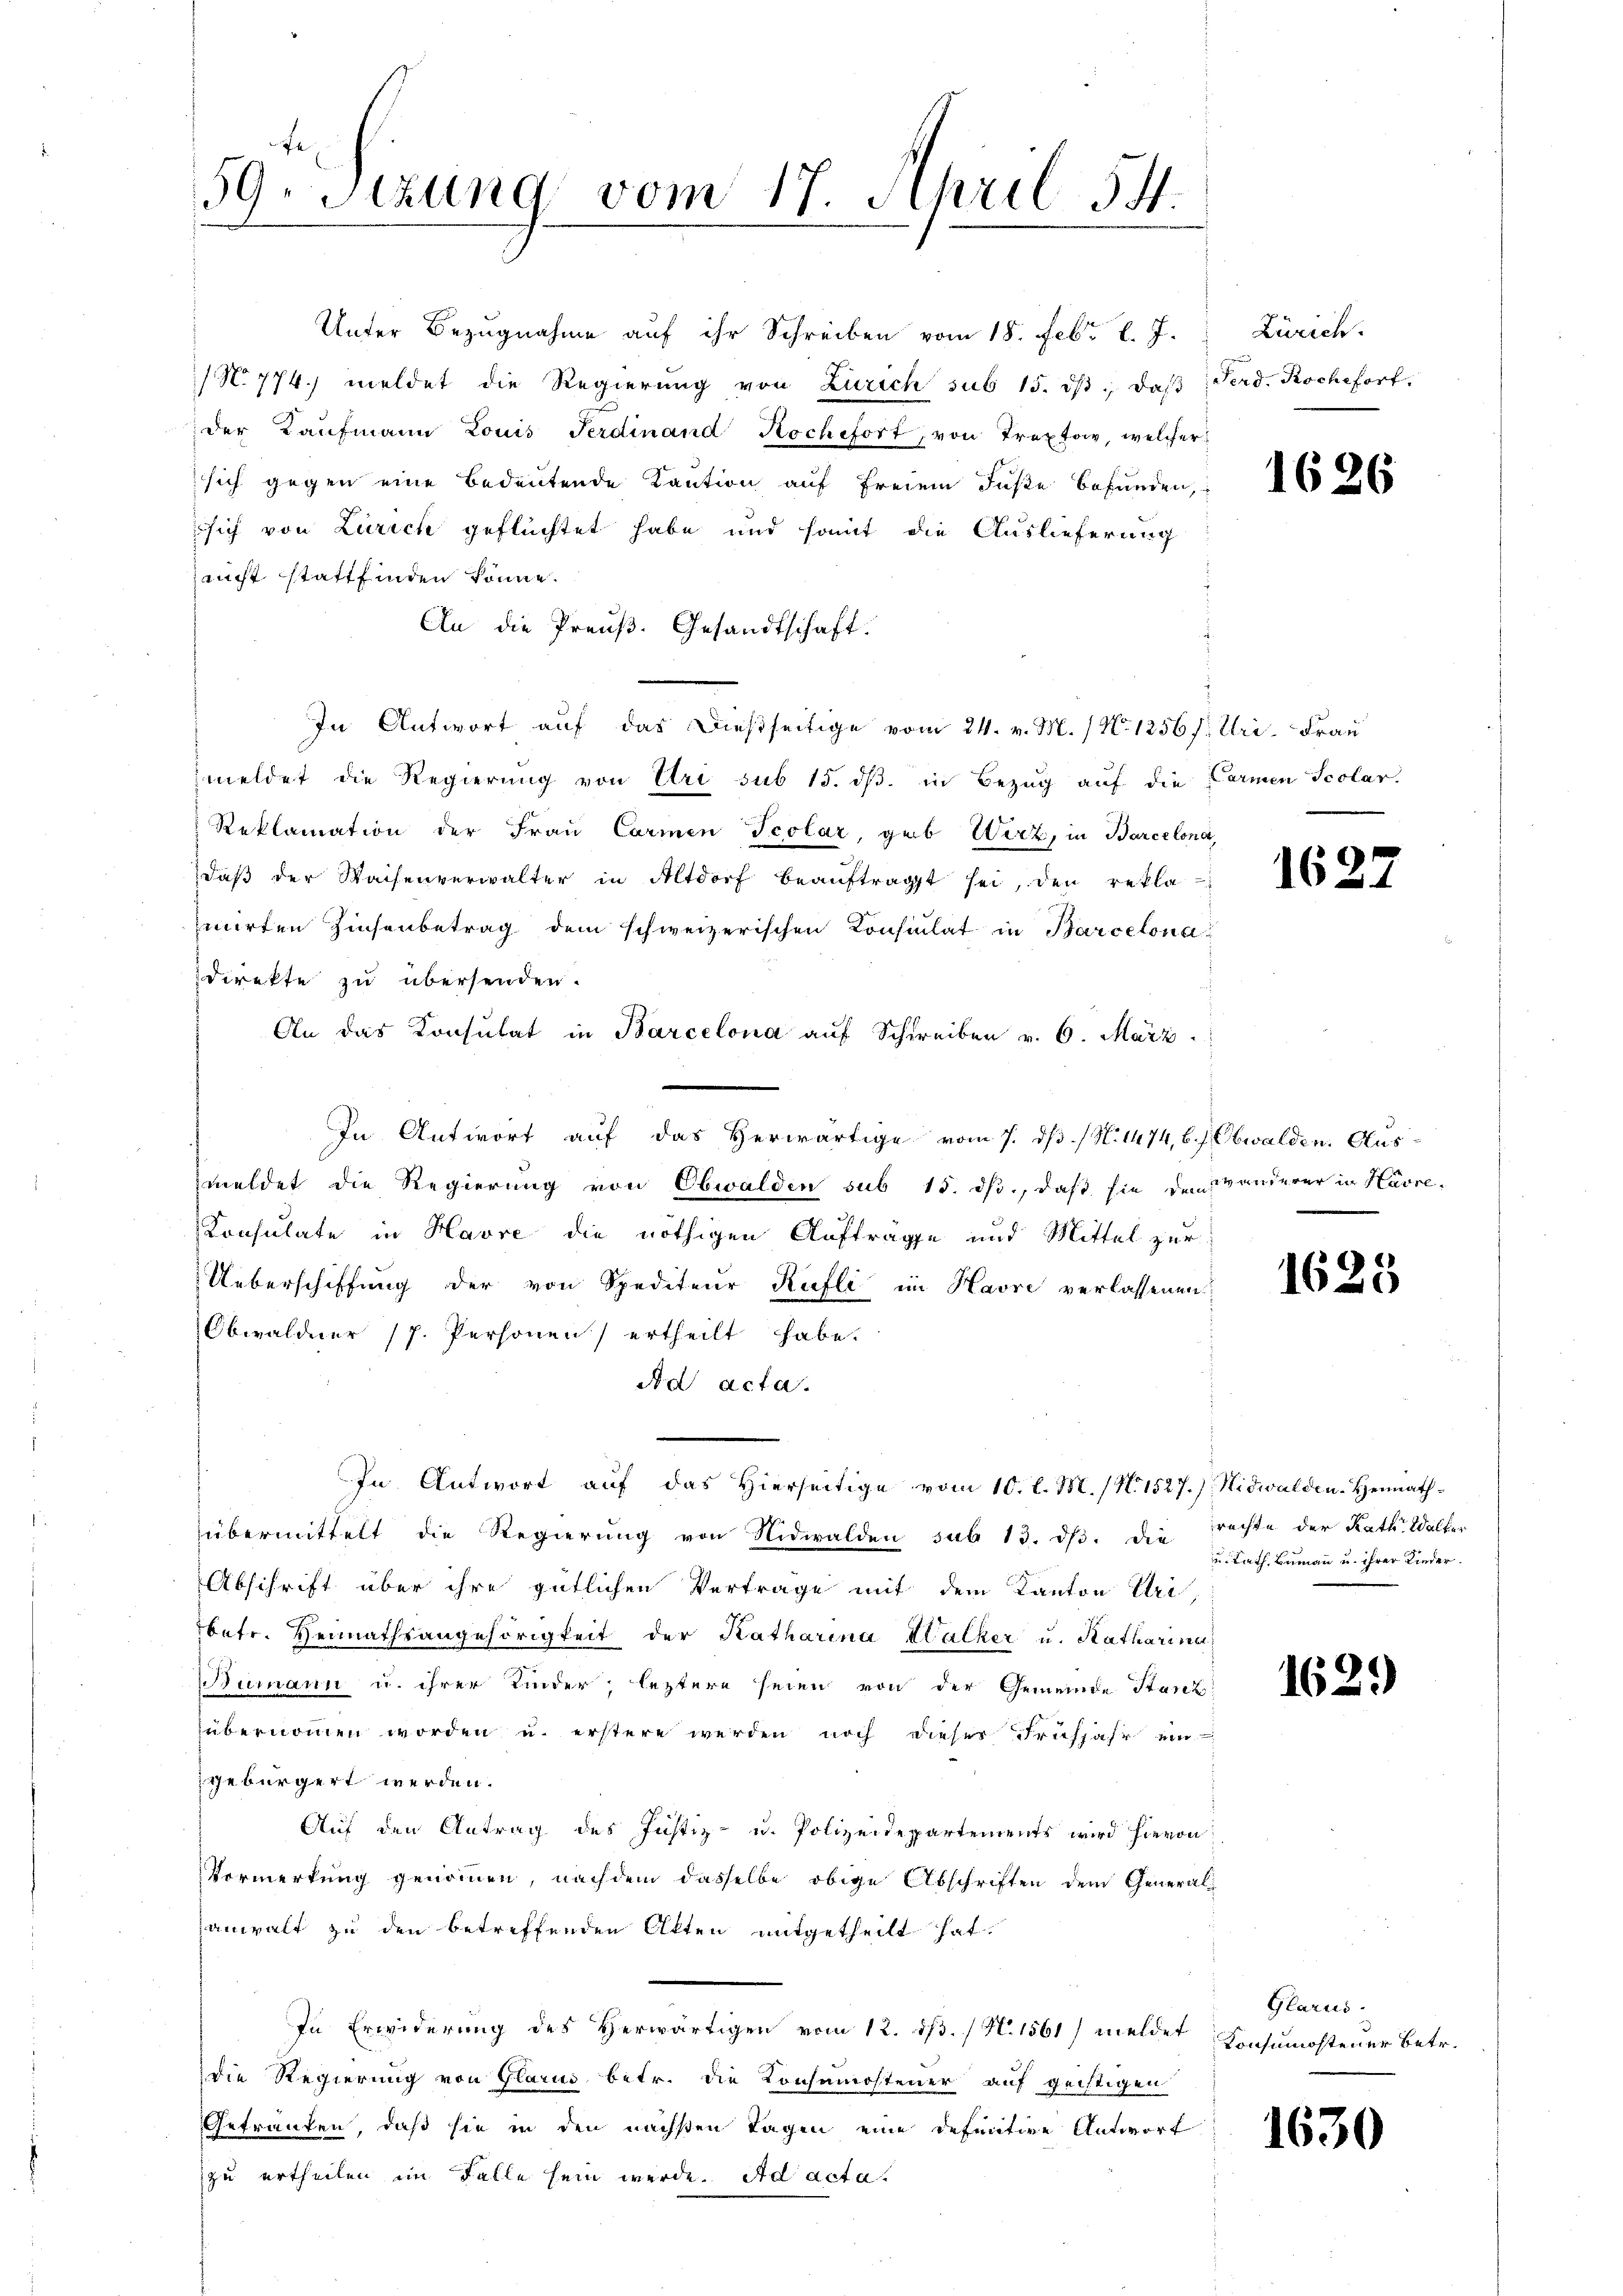
59. Sitzung vom 17. April 54.

Unter Bezugnahme auf ihr Schreiben vom 15. Febr. l. J.
/ No 774. meldet die Regierŭng von Zürich sub 15. dβ, daβ Ferd. Koche fort.
der Kaufmann Louis Ferdinand Hochsfort, von Trextow, welcher
sich gegen eine Bedeutende Kaution auf freiem Fuße befunden,
 sich von Zürich geflüchtet habe und somit die Auslieferung
nicht stattfinden könne.
An die Preuß. Gesandtschaft.
In Antwort auf das dießseitige vom 24. v. M. / No 1256 f. Uri, Frau
meldet die Regierung von Uri sub 15. dβ. in Bezug auf die Parmen Scolar
Reklamation der Frau Carmen Scolar, geb. Wirz, in Barcelond
daβ der Waisenverwalter in Altdorf beaŭftragt sei, den rekla-
mirten Zinsenbetrag dem schweizerischen Konsulat in Barcelonadirekte zu übersenden.
An das Konsulat in Barcelona auf Schreiben v. 6. März
In Antwort auf das Herwärtige vom 7. ds. / N. 1474, 6. s. Obwalden. Ausmeldet die Regierung von Obwalden sub 15. ds., daß sie den Wanderer in Havre-
Konsulate in Havre die nöthigen Aufträge und Mittel zur
Ueberschiffung der von Spediteur Rufli im Havre verlassenen
Obwaldner /7. Personen) ertheilt habe.
Ad acta.
In Antwort auf das hierseitige vom 10. l. M. / N. 1527.) Nidwalden-Heimath-
übermittelt die Regierung von Nidwalden sub 13. ds. die rechte der Rath Walter
Abschrift über ihre gütlichen Vertrage mit dem Kanton Tri
betr. Heimathsangehörigkeit der Katharina Kalker u. Katharina
umann u. ihrer Kinder; leztere seien von der Gemeinde Stanz
übernommen worden u. erstern werden noch dieser Frühjahr ein
gebürgert werden.
Auf den Antrag des Justiz- u. Polizeidepartements wird hievon
Vormerkung genommen, nachdem dasselbe obige Abschriften dem General-
anwalt zu den betreffenden Alten mitgetheilt hat.
In Erwiderung des Herwärtigen vom 12. ds. / N. 1561) melder Konsumostener betr.
die Regierung von Glarus betr. die Konsumostener auf geistigen
Gefranken, daß sie in den nächsten Tagen eine definitive Antwort
zu ertheilen im Falle sein werde. Ad acta.

Zürich.

1626

1627

1625

u. Kath. Bumann u. ihrer Kinder.

1629

Glarus.

1630